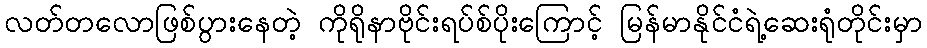
လတ်တလောဖြစ်ပွားနေတဲ့ ကိုရိုနာဗိုင်းရပ်စ်ပိုးကြောင့် မြန်မာနိုင်ငံရဲ့ဆေးရုံတိုင်းမှာ